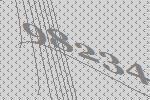
98234